Annual report on the health of the army in India
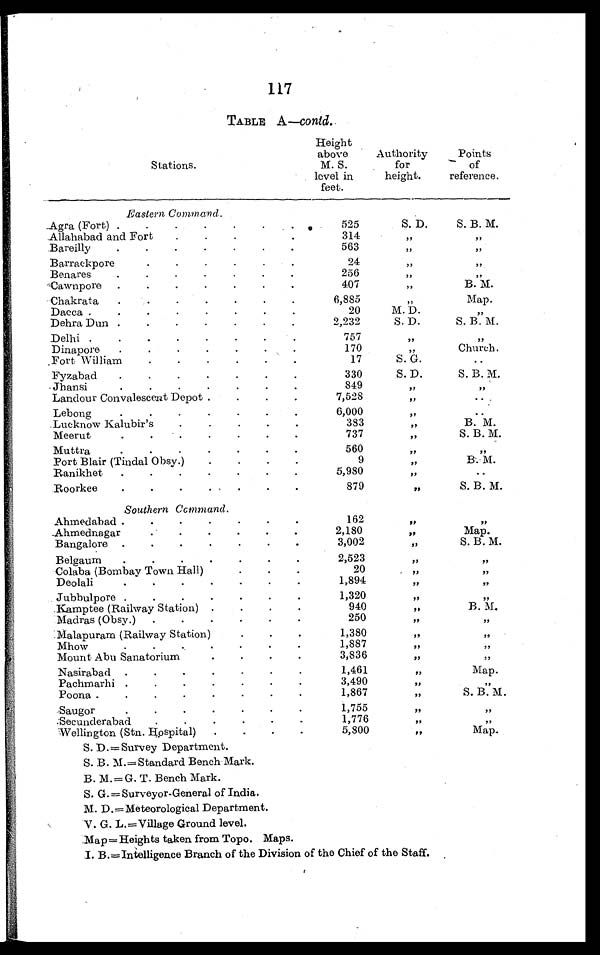
117
TABLE A—contd.
Stations.
Height
above
M. S.
level in
feet.
Authority
for
height.
Points
of
reference.
Eastern Command.
Agra (Fort) . . .
525
S. D.
S. B. M.
Allahabad and Fort
. . .
314
”
”
Bareilly
. . .
563
”
”
Barrackpore . . .
24
”
”
Benares
. . .
256
”
”
Cawnpore
. . .
407
”
B. M.
Chakrata
. . .
6,885
”
Map.
Dacca . . .
20
M. D.
”
Dehra Dun . . .
2,232
S. D.
S. B. M.
Delhi . . .
757
”
”
Dinapore
. . .
170
”
Church.
Fort William
. . .
17
S . . G .
. . .
Fyzabad
. . .
330
S. D.
S. B. M.
Jhansi . . .
849
”
”
Landour Convalescent Depot . . .
7,528
”
. . .
Lebong . . .
6,000
”
. . .
.Lucknow Kalubir's . . .
383
”
B. M.
Meerut . . .
737
”
S. B. M.
Muttra . . .
560
”
”
Port Blair (Tindal Obsy.) . . .
9
”
B. M. .
Ranikhet . . .
5,980
”
. . .
Roorkee
. . .
879
”
S. B. M.
Southern Command.
Ahmedabad . . .
162
”
”
_Ahmednagar . . .
2,180
,,
Map.
Bangalore . . .
3,002
”
S. B. M.
Belgaum
. . .
2,523
”
”
Colaba (Bombay Town Hall)
20
”
”
Deolali . . .
1,894
”
”
Jubbulpore . . .
1,320
”
”
Kamptee (Railway Station) . . .
940
”
B. M.
Madras (Obsy.)
. . .
250
”
”
Malapuram (Railway Station). . .
1,380
”
”
Mhow . . .
1,887
”
”
Mount Abu Sanatorium . . .
3 , 8 3 6
”
”
Nasirabad . . .
1,461
”
Map.
Pachmarhi . . .
3,490
”
”
Poona . . .
1,867
”
S. B. M.
S a u g o r . . .
1,755
”
”
Secunderabad
. . .
1,776
”
”
Wellington (Stn. Hospital)
. . .
5,800
”
Map.
S. D. = Survey Department.
S. B. M.=Standard Bench Mark.
B. M.= G. T. Bench Mark.
S. G.= Surveyor-General of India.
M. D.=Meteorological Department.
V. G. L. =Village Ground level.
Map=Heights taken from Topo. Maps.
I. B.=Intelligence Branch of the Division of the Chief of the Staff.